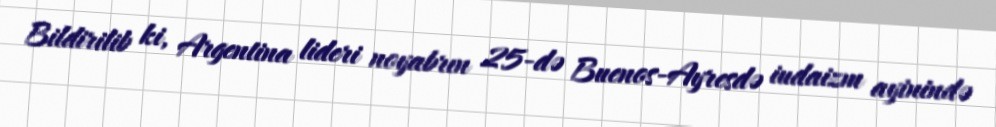
Bildirilib ki, Argentina lideri noyabrın 25-də Buenos-Ayresdə iudaizm ayinində